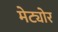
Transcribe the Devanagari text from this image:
मेट्योर